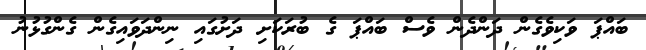
ބައްޕަ ވަކިވެގެން ދަންދެން ވެސް ބައްޕަ ގެ ބުރަކަށި ދަށުގައި ނިންދަވައިގެން ގެންގުޅުނު